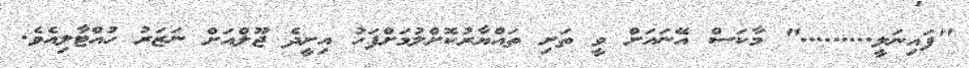
"ފައިނަލީ........." މާކަސް އޭނައަށް ވީ ތަށި ތައްޔާރުކޮށްލުމަށްފަހު އިށީދެ ޖޫލްއަށް ނަޒަރު ހުއްޓާލިއެވެ.